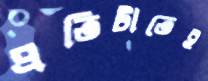
প্রতিটাতেই